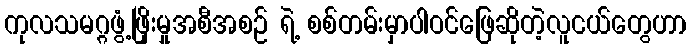
ကုလသမဂ္ဂဖွံ့ဖြိုးမှုအစီအစဉ် ရဲ့ စစ်တမ်းမှာပါဝင်ဖြေဆိုတဲ့လူငယ်တွေဟာ